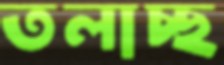
তলাচ্ছ